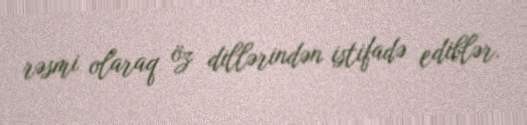
rəsmi olaraq öz dillərindən istifadə ediblər.